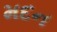
મદન